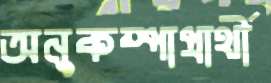
অনুকম্পাপ্রার্থী